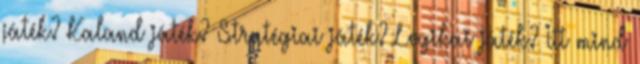
játék? Kaland játék? Stratégiai játék? Logikai játék? Itt mind